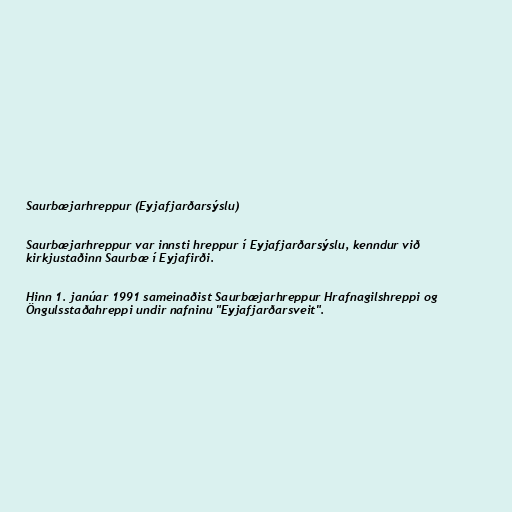
Saurbæjarhreppur (Eyjafjarðarsýslu)

Saurbæjarhreppur var innsti hreppur í Eyjafjarðarsýslu, kenndur við
kirkjustaðinn Saurbæ í Eyjafirði.

Hinn 1. janúar 1991 sameinaðist Saurbæjarhreppur Hrafnagilshreppi og
Öngulsstaðahreppi undir nafninu "Eyjafjarðarsveit".